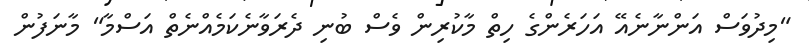
"މިދުވަސް އަންނާނެއޭ އަހަރެންގެ ހިތް މާކުރިން ވެސް ބުނި ދެރަވާނެކަމެއްނެތް އަސްމާ" މާނަފުން